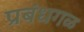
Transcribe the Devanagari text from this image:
प्रबंधगळ